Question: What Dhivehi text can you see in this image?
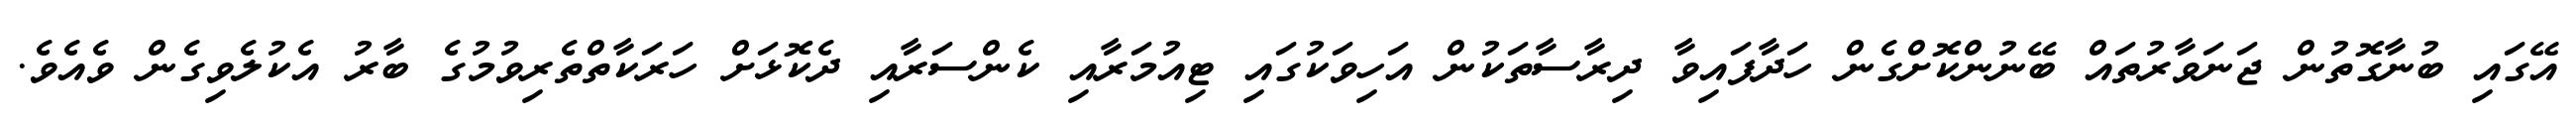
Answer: އޭގައި ބުނާގޮތުން ޖަނަވާރުތައް ބޭނުންކޮށްގެން ހަދާފައިވާ ދިރާސާތަކުން އަހިވަކުގައި ޓިއުމަރާއި ކެންސަރާއި ދެކޮޅަށް ހަރަކާތްތެރިވުމުގެ ބާރު އެކުލެވިގެން ވެއެވެ.